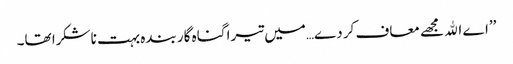
’’اے اﷲ مجھے معاف کر دے…میں تیرا گناہ گار بندہ بہت ناشکرا تھا۔